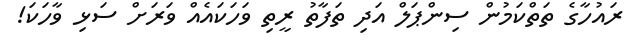
ރައުހާގެ ތަތްކަމުން ސިންޕަލް އަދި ތަފާތު ރީތި ވަހަކައެއް ވަރަށް ސަޅި ވާހަކަ!